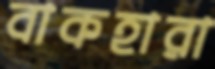
বাকহারা